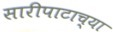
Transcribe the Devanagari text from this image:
सारीपाटाच्या